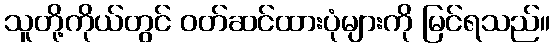
သူတို့ကိုယ်တွင် ဝတ်ဆင်ထားပုံများကို မြင်ရသည်။